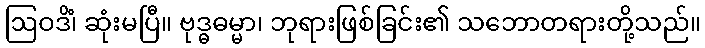
ဩဝဒိံ၊ ဆုံးမပြီ။ ဗုဒ္ဓဓမ္မာ၊ ဘုရားဖြစ်ခြင်း၏ သဘောတရားတို့သည်။